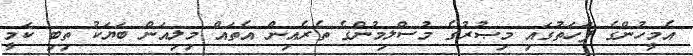
އެމީހުންގެ ފަހަތުގައި މިޞުރުގެ މުސްލިމުންގެ ތެރެއިން އެތައް މިލިއަން ބަޔަކު ތިބި ކަމީ